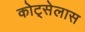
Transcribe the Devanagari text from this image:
कोट्सेलास